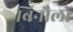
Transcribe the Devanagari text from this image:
बिनौलों